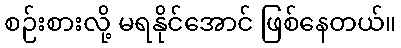
စဉ်းစားလို့ မရနိုင်အောင် ဖြစ်နေတယ်။